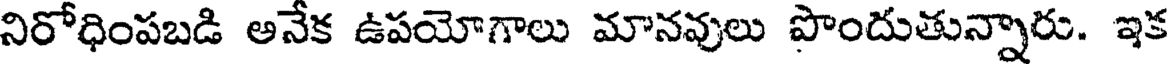
నిరోధింపబడి అనేక ఉపయోగాలు మానవులు పొందుతున్నారు. ఇక